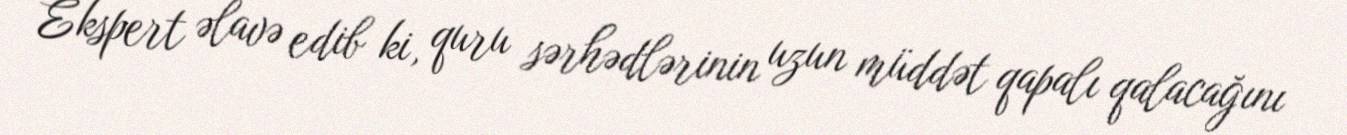
Ekspert əlavə edib ki, quru sərhədlərinin uzun müddət qapalı qalacağını